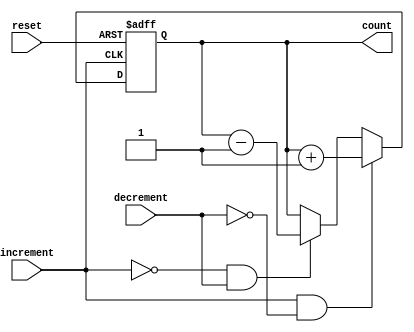
module GrayCounter (
    input wire increment,
    input wire decrement,
    input wire reset,
    output reg [3:0] count
);

reg [3:0] next_count;

always @(posedge increment or posedge reset) begin
    if (reset) begin
        count <= 4'b0000;
    end else begin
        if (increment && !decrement) begin
            next_count = count + 1;
        end else if (!increment && decrement) begin
            next_count = count - 1;
        end else begin
            next_count = count;
        end
        count <= next_count;
    end
end

endmodule